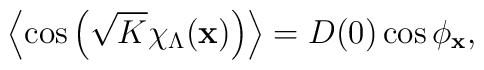
\left<\cos\left(\sqrt{K}\chi_\Lambda({\bf x})\right)\right>=D(0)\cos\phi_{\bf x},